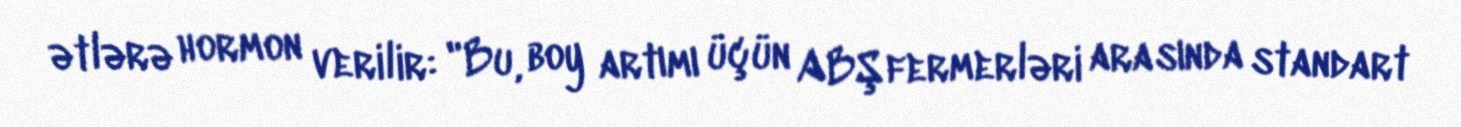
ətlərə hormon verilir: "Bu, boy artımı üçün ABŞ fermerləri arasında standart